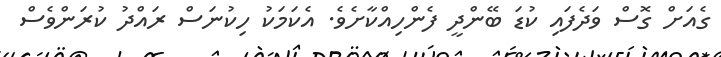
ގެއަށް ގޮސް ވަދެފައި ކުޑަ ބޭންދީ ފެންހިއްކާށެވެ. އެކަމަކު ހިކުނަސް ރައްދު ކުރަންވެސް